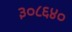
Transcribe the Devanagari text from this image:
३०८६४०